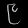
Digit: ၉